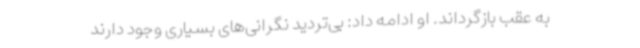
به عقب بازگرداند. او ادامه داد: بی‌تردید نگرانی‌های بسیاری وجود دارند